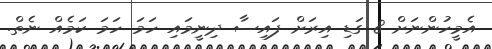
އެމީހުންނަށް 8 ގަޑި އިރަށް ފައިސާ ދިނީމައި ހަމަ ހަމަ ކަމެއް ނެތް.